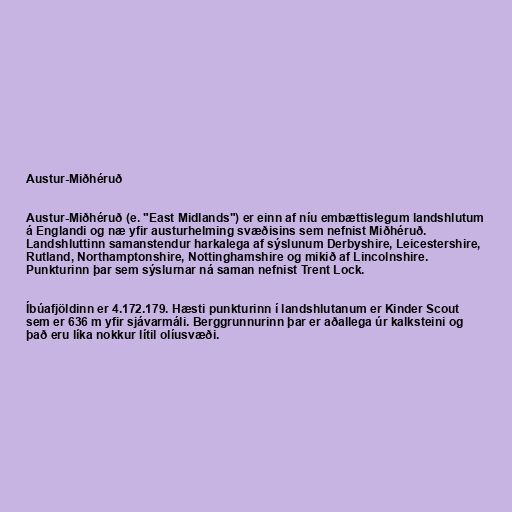
Austur-Miðhéruð

Austur-Miðhéruð (e. "East Midlands") er einn af níu embættislegum landshlutum
á Englandi og næ yfir austurhelming svæðisins sem nefnist Miðhéruð.
Landshluttinn samanstendur harkalega af sýslunum Derbyshire, Leicestershire,
Rutland, Northamptonshire, Nottinghamshire og mikið af Lincolnshire.
Punkturinn þar sem sýslurnar ná saman nefnist Trent Lock.

Íbúafjöldinn er 4.172.179. Hæsti punkturinn í landshlutanum er Kinder Scout
sem er 636 m yfir sjávarmáli. Berggrunnurinn þar er aðallega úr kalksteini og
það eru líka nokkur lítil olíusvæði.